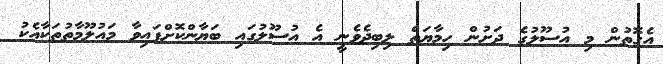
އެގޮތުން މި އުސޫލުގެ ދަށުން ހިމާޔަތް ލިބިދެވެނީ އެ އުސޫލުގައި ބަޔާންކޮށްފައިވާ މައުލޫމާތުތަކާއެކު